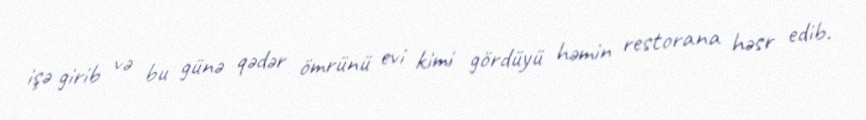
işə girib və bu günə qədər ömrünü evi kimi gördüyü həmin restorana həsr edib.